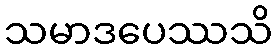
သမာဒပေဿသိ